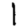
Digit: 1